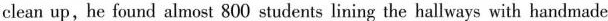
clean up,he found almost 800 students lining the hallways with handmade